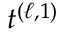
t ^ { ( \ell , 1 ) }